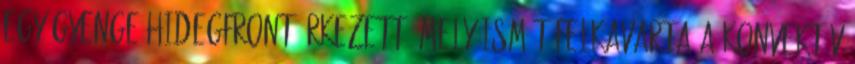
egy gyenge hidegfront érkezett, mely ismét felkavarta a konvektív